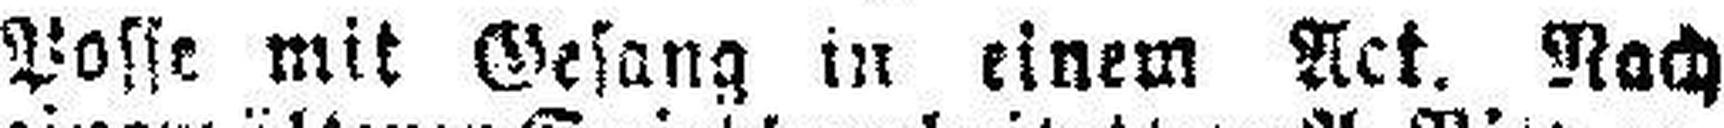
Posse mit Gesang in einem Act. Nach